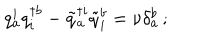
q _ { a } ^ { i } q _ { i } ^ { \dagger b } - { \tilde { q } } _ { a } ^ { \dagger i } { \tilde { q } } _ { i } ^ { b } = \nu \delta _ { a } ^ { b } \, ;